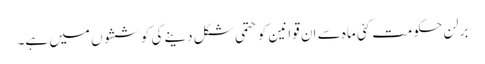
برلن حکومت کئی ماہ سے ان قوانین کو حتمی شکل دینے کی کوششوں میں ہے۔